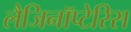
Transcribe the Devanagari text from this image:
लैजिनॉप्टेरिस